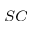
^ { S C }